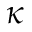
\boldsymbol { \kappa }